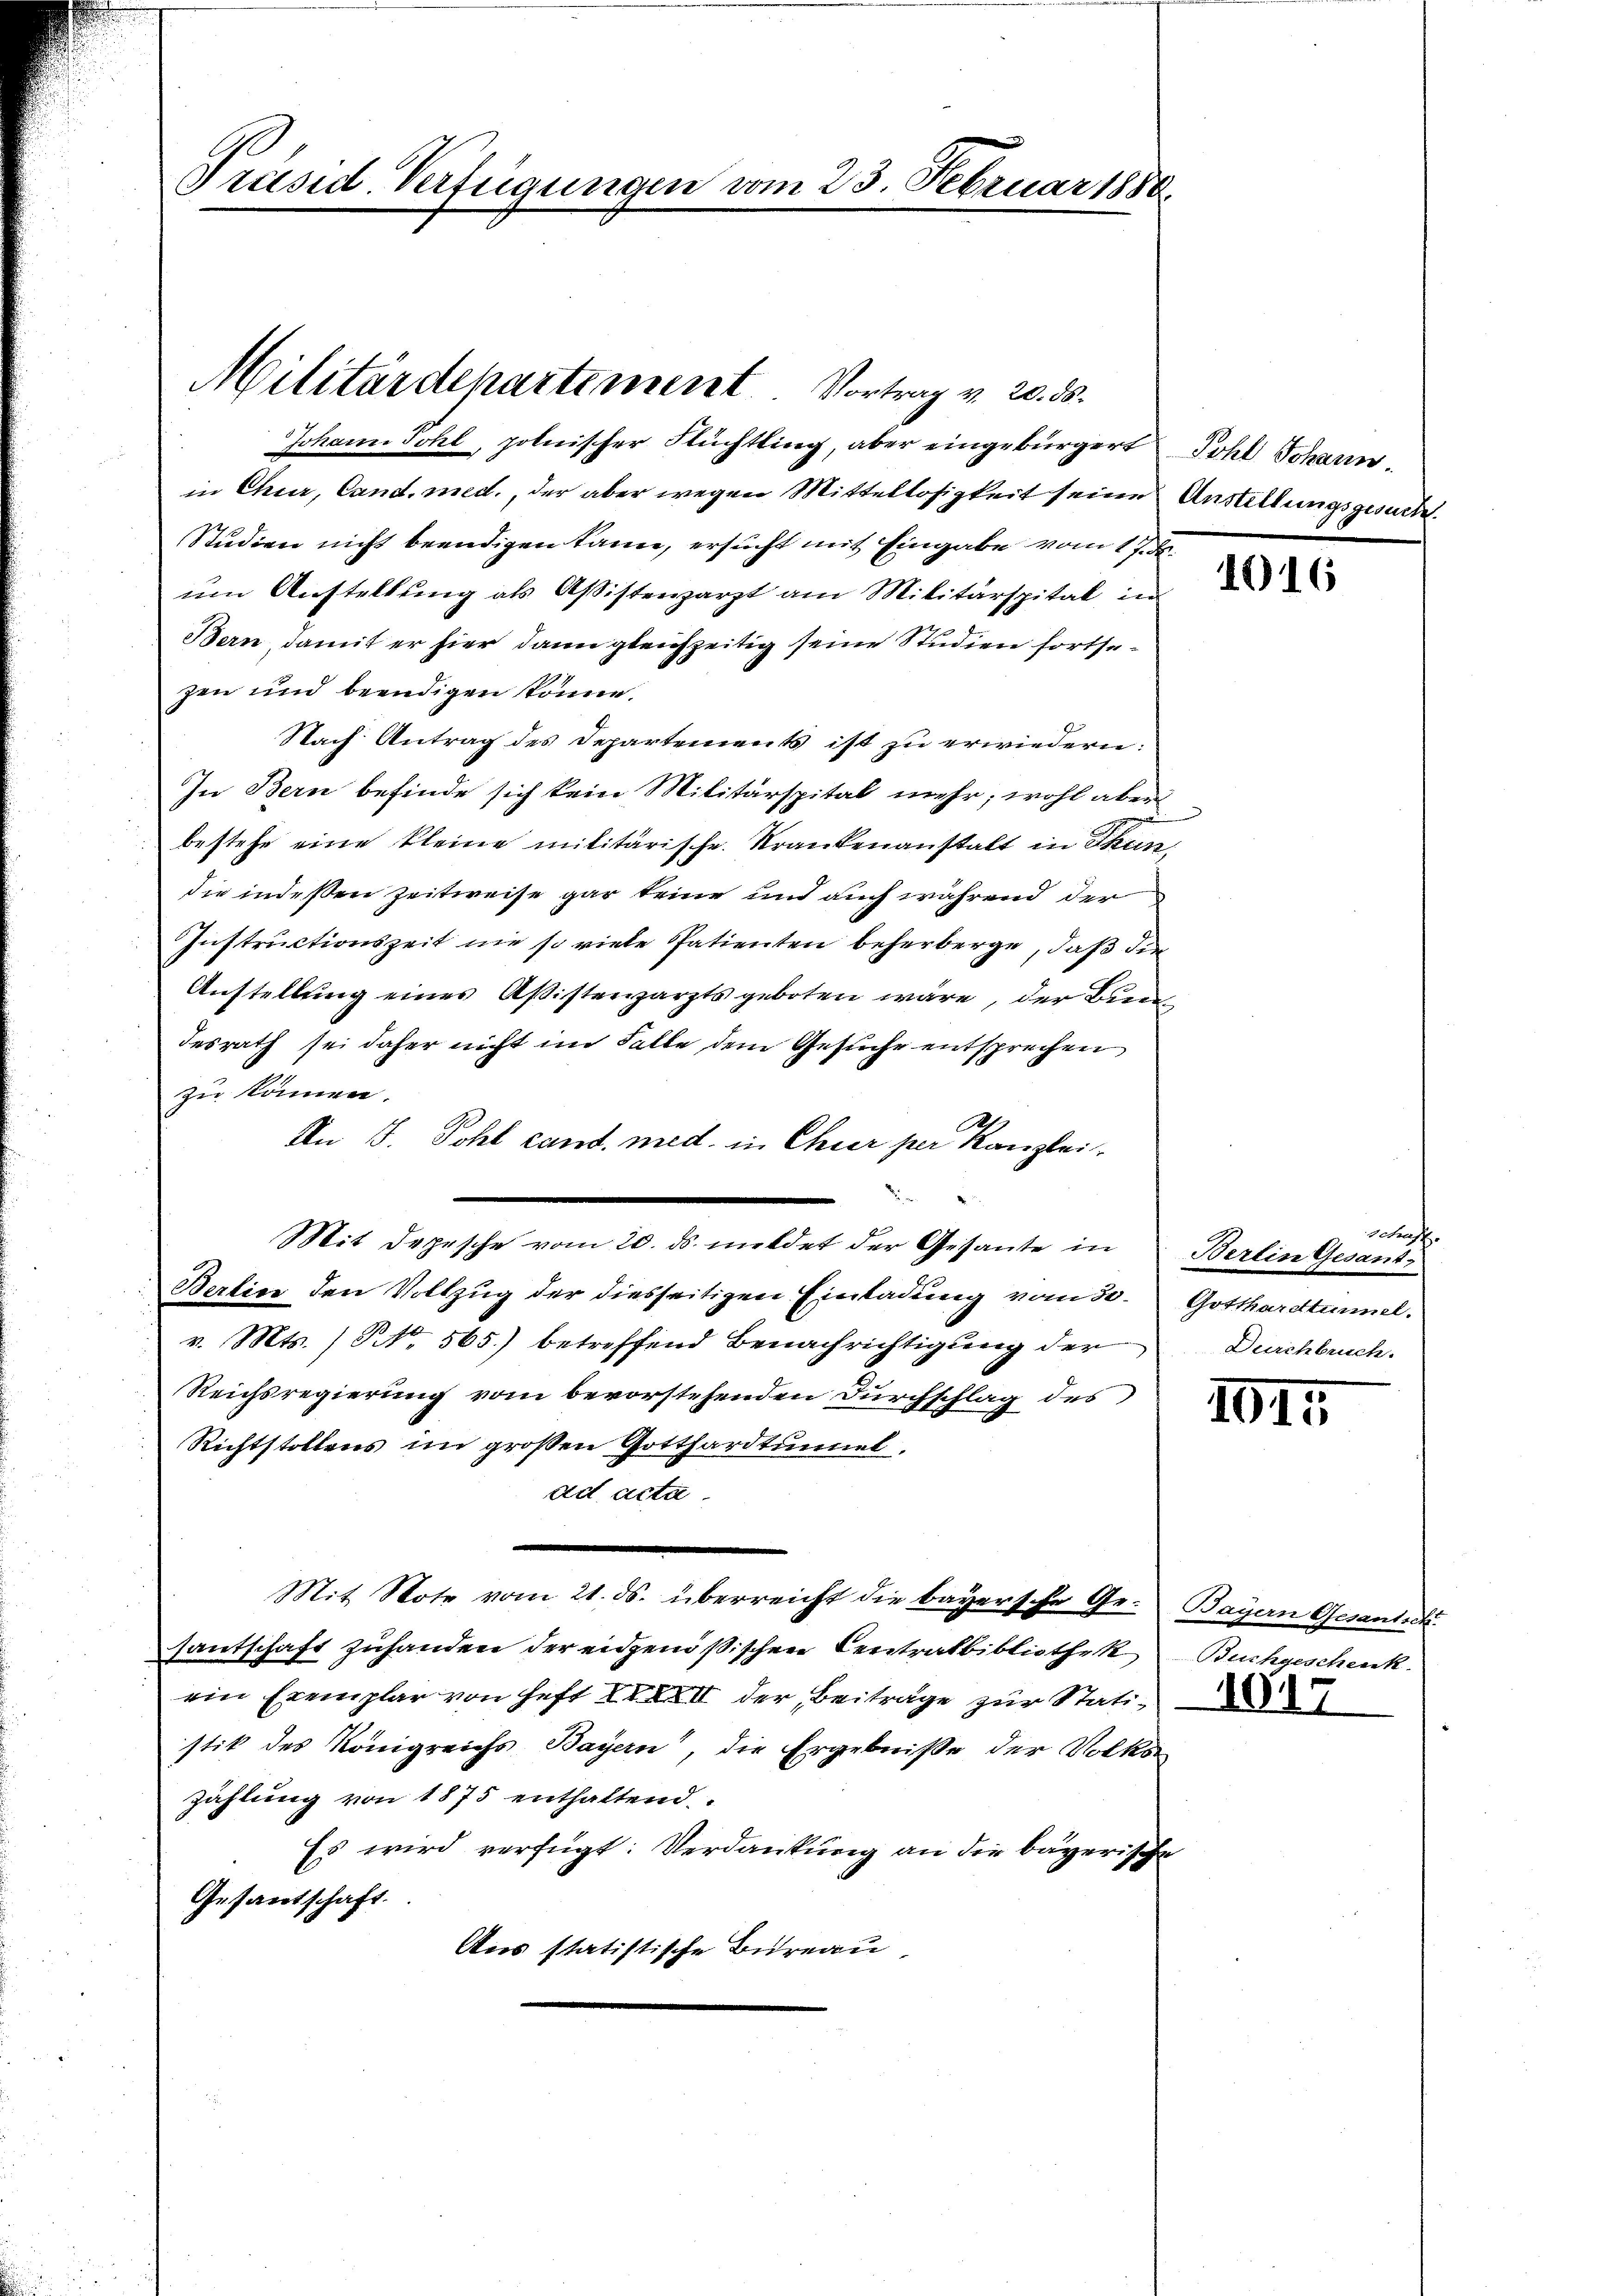
Präsid Verfügungen vom 23. Februar 1880

Militärdepartement. Vortrag v. 20. ds.

Johann Sohl, polnischer Flüchtling, aber eingebürgert Pohl Johann
in Chur, Cand. med., der aber wegen Mittellosigkeit seine Anstellungsgesuche
Studien nicht beendigen kann, ersucht mit Eingabe vom 17. d.
um Austellung als Aßistenzarzt am Militärspital in
Bern, damit er hier dann gleichzeitig seine Studien fortsezen und beendigen könne.
Nach Antrag des Departements ist zu erwiedern:
In Bern befinde sich kein Militärspital mehr, wohl aber
bestehe eine kleine militärische Krankenanstalt in Thun,
die indeßen Zeitweise gar keine und auch während der
Instructionszeit nie so viele Patienten beherberge, daß die
Anstellung eines Aßistenzarzts geboten wäre, der Bundesrath sei daher nicht im Falle dem Gesuche entsprechen
zu können.
2
An J. Pohl cand. med. in Chier per Kanzlei-
Mit Depesche vom 20. ds. meldet der Gesante in Berlin Gesant
Berlice den Vollzug der diesseitigen Einladung vom 30. Gotthardtunnel.
v. Mts. / NNo. 565) betreffend Benachrichtigung der
Reichsregierung vom bevorstehenden Durchschlag des
Richtstollens im großen Gotthardtunnel
ad acta.
Mit Note vom 21. ds. überreicht die bayersche Ge- Bayern Gesanteils
santschaft zuhanden der eidgenößischen Centralbibliothek Buchgeschenk.
ein Exemplar von Heft XXXXII der Beiträge zur Statistik des Königreichs Bayern, die Ergebniße der Volks
Zählung von 1875 enthaltend
Es wird verfügt: Verdankung an die bayerische
Gesantschaft.
Aus statistische Bureau

1016

arpf
Durchbruch.

101

1017